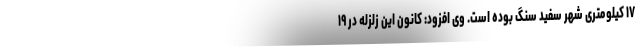
۱۷ کیلومتری شهر سفید سنگ بوده است. وی افزود: کانون این زلزله در ۱۹